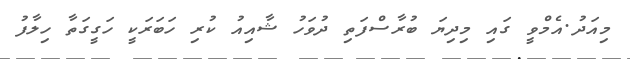
މިއަދު.އެމްވީ ގައި މިިދިޔަ ބުރާސްފަތި ދުވަހު ޝާއިއު ކުރި ހަބަރަކީ ހަގީގަތާ ހިލާފު